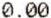
0.00